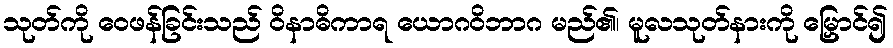
သုတ်ကို ဝေဖန်ခြင်းသည် ဝိနာဓိကာရ ယောဂဝိဘာဂ မည်၏၊ မူလသုတ်နားကို မြှောင်၍